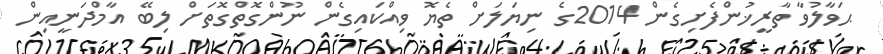
ޙަވާލުވާ ތާރީޚުންފެށިގެން 2014ގެ ނިޔަލަށް ތެޔޮ ވިއްކައިގެން ނޫންގޮތްގޮތަށް ލިބޭ އާމްދަނީއިން